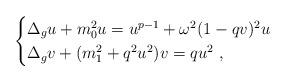
LaTeX: \begin{align*}\begin{cases}\Delta_g u+m_0^2 u=u^{p-1}+\omega^2(1-qv)^2 u\\\Delta_g v+(m_1^2+q^2u^2) v= q u^2~,\end{cases}\end{align*}